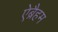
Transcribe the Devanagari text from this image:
ऐब्रैहम